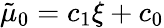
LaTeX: \tilde{\mu}_{0}=c_{1}\xi+c_{0}